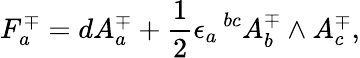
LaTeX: F_{a}^{\mp}=dA_{a}^{\mp}+{\frac{1}{2}}\epsilon_{a}\, ^{bc}A_{b}^{\mp}\wedge A_{c}^{\mp},